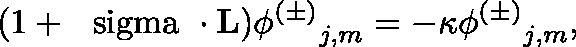
( 1 + { { \mathrm { \boldmath ~ \ s i g m a ~ } } \cdot { \bf L } } ) { { \phi ^ { ( \pm ) } } _ { j , m } } = - \kappa { { \phi ^ { ( \pm ) } } _ { j , m } } ,